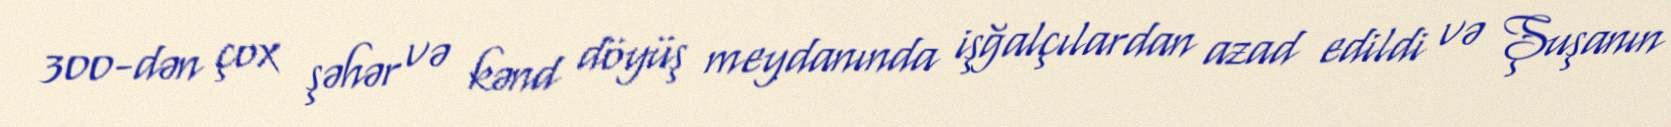
300-dən çox şəhər və kənd döyüş meydanında işğalçılardan azad edildi və Şuşanın